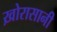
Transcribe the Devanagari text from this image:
ख़ोरासानी